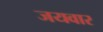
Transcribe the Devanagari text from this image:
जयवार